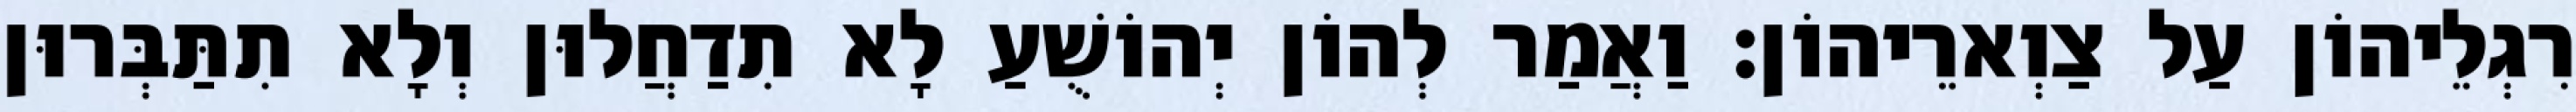
רִגְלֵיהוֹן עַל צַוְארֵיהוֹן׃ וַאֲמַר לְהוֹן יְהוֹשֻׁעַ לָא תִדַחֲלוּן וְלָא תִתַּבְּרוּן